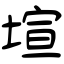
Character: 塇